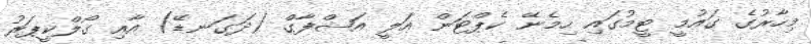
މިހާރުގެ ގައުމީ ޓީމުގައި ހިމެނޭ ކެޕްޓަން އަލީ އަޝްފާގް (ދަގަނޑޭ) އާއި ގޯލްކީޕަރު